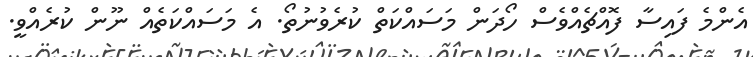
އެންމެ ފައިސާ ފޮއްޗެއްވެސް ހޯދަން މަސައްކަތް ކުރެވުނުތޯ. އެ މަސައްކަތެއް ނޫން ކުރެއްވީ.